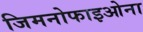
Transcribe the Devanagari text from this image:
जिमनोफाइओना